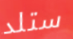
ستلد